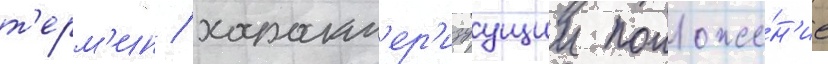
т'ерм'ин / характ'ер'изуущии положе́н'ие